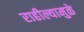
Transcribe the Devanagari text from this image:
राहील्यामुळे